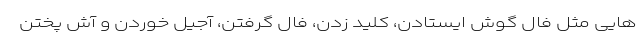
هایی مثل فال گوش ایستادن، کلید زدن، فال گرفتن، آجیل خوردن و آش پختن